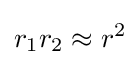
r_{1}r_{2}\approx r^{2}